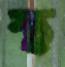
স্থ